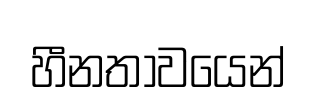
හීනතාවයෙන්